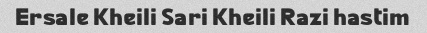
Ersale Kheili Sari Kheili Razi hastim